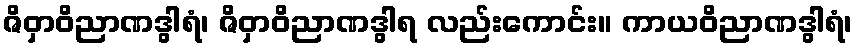
ဇိဝှာဝိညာဏဒွါရံ၊ ဇိဝှာဝိညာဏဒွါရ လည်းကောင်း။ ကာယဝိညာဏဒွါရံ၊